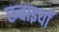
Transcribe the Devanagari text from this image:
रुवाइयाँ